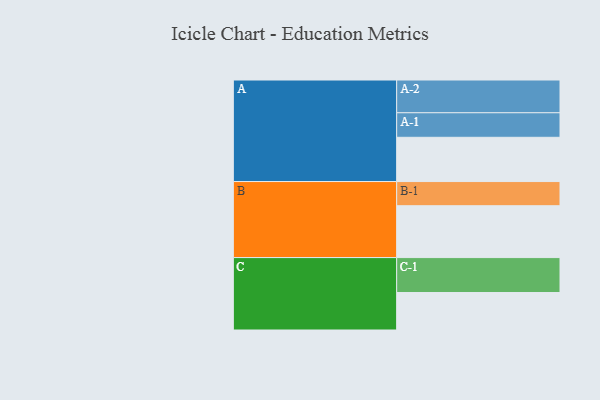
{"axis": {"x": "Segment", "y": "Value"}, "legend": ["", "A", "B", "C"], "data": [{"x": "A", "y": 366, "type": ""}, {"x": "B", "y": 429, "type": ""}, {"x": "C", "y": 310, "type": ""}, {"x": "A-1", "y": 203, "type": "A"}, {"x": "A-2", "y": 271, "type": "A"}, {"x": "B-1", "y": 200, "type": "B"}, {"x": "C-1", "y": 289, "type": "C"}]}